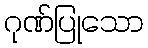
ဂုဏ်ပြုသော